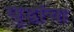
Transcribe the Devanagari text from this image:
युद्धांचा